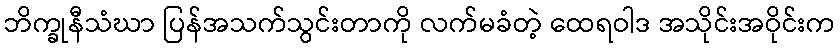
ဘိက္ခုနီသံဃာ ပြန်အသက်သွင်းတာကို လက်မခံတဲ့ ထေရဝါဒ အသိုင်းအဝိုင်းက